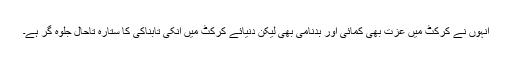
انہوں نے کرکٹ میں عزت بھی کمائی اور بدنامی بھی لیکن دنیائے کرکٹ میں انکی تابناکی کا ستارہ تاحال جلوہ گر ہے۔